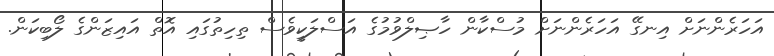
އަހަރެންނަށް އިނގޭ އަހަރެންނަށް މުސްކާން ހާޞިލްވުމުގެ އަސްލަކީވެސް ތިހިތުގައި އޮތް އައިޒަންގެ ލޯބިކަން.